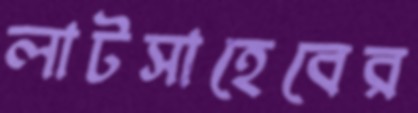
লাটসাহেবের